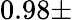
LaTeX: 0.98\pm